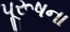
પૂરૂષના